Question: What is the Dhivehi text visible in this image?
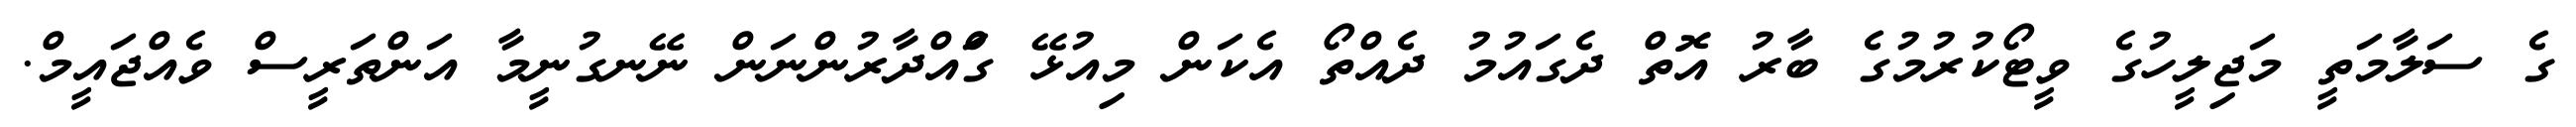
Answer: ގެ ސަލާމަތީ މަޖިލީހުގެ ވީޓޯކުރުމުގެ ބާރު އޮތް ދެގައުމު ދެއްތޯ އެކަން މިއުޅޭ ގަްއްދާރުންނަން ނޭނގުނީމާ އަންތަރީސް ވެއްޖައީމް.